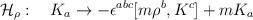
LaTeX: \begin{align*}{\cal H}_\rho:\quad K_a \to - \epsilon^{abc} [m {\rho}^b,K^c] + m K_a\end{align*}